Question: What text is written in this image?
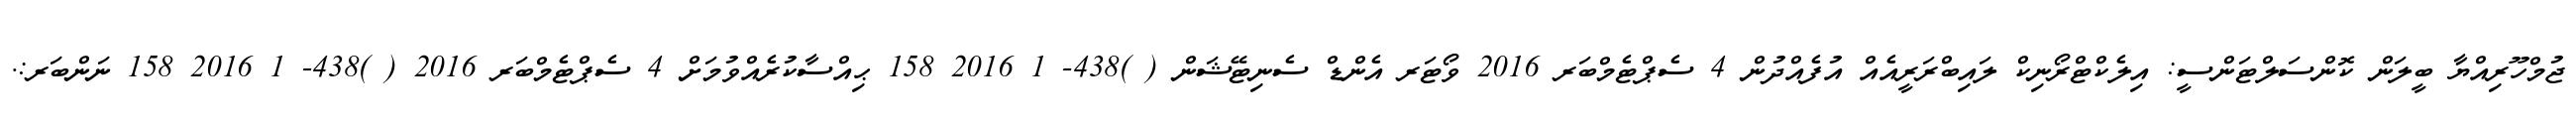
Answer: ޖުމްހޫރިއްޔާ ބީލަން ކޮންސަލްޓަންސީ: އިލެކްޓްރޯނިކް ލައިބްރަރީއެއް އުފެއްދުން 4 ސެޕްޓެމްބަރ 2016 ވޯޓަރ އެންޑް ސެނިޓޭޝަން ( )438- 1 2016 158 ޙިއްސާކުރެއްވުމަށް 4 ސެޕްޓެމްބަރ 2016 ( )438- 1 2016 158 ނަންބަރ:.